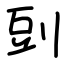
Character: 剅